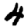
Digit: 4